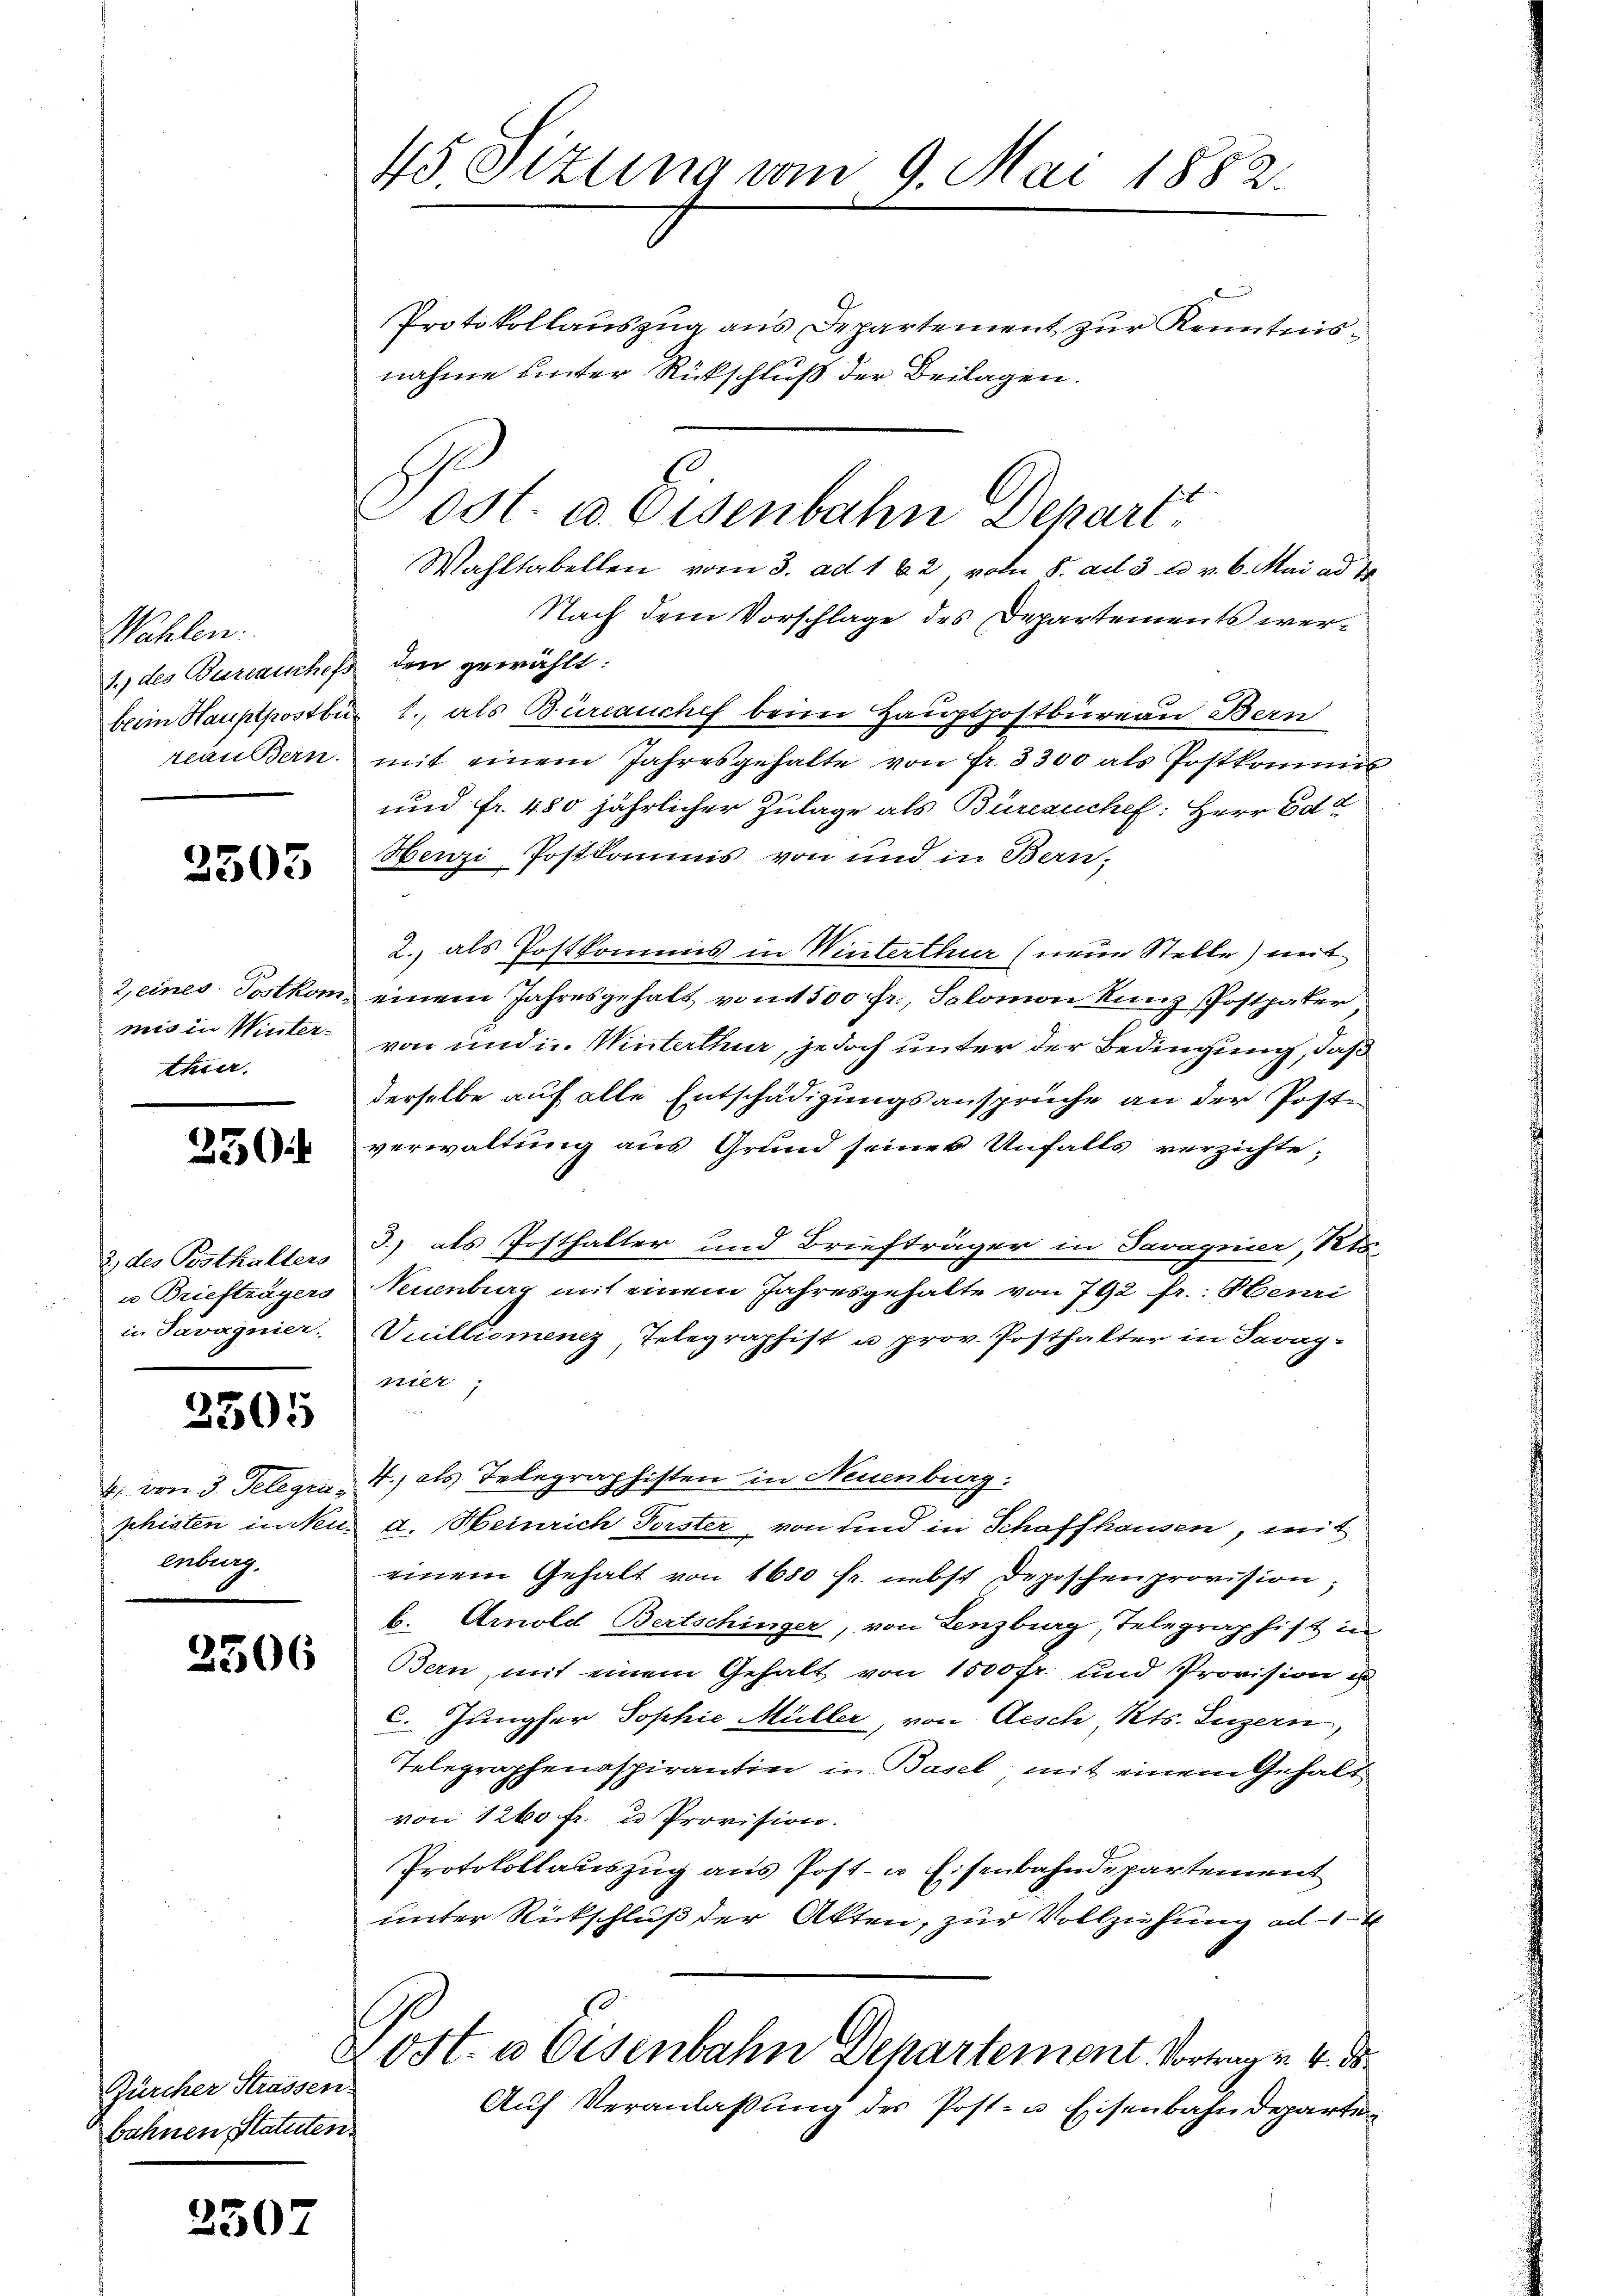
Kaulber.
beim Hauptpostbü
reau Bern.

2503

2, eines Postkommis in Winterthier.

250

2., des Posthalters
u Briefträgers
in Tavagnier.

2505

4. von 3. Telegen.
phisten in Nei
enberg.

2506

Zürcher Strassen.
bahnen Statuten

2507

45 Ottung vom 9. Mai 1882.
Protokollauszug aus Departement zur Kenntnisnahme unter Rückschluß der Beilagen.

1.) des Bureauschefs den gewählt:

Wahltabellen vom 3. ad 162, vom 8. ad 3 u. v. 6. Mai ad 1
Nach dem Vorschlage des Departements wer¬
1., als Bureauchef beim Hauptpostbureau Bern
mit einem Jahresgehalte von fr. 3300 als Postkommis
und fr. 480 jährlicher Zulage als Büreauchef. Herr Ed
Henzi Postkommis von und in Bern-
2., als Postkommis in Winterthur (neue Stelle) mit
einem Jahresgehalt von 1500 fr., Salomon Kunz Postpater
von und in Winterthur, jedoch unter der Bedingung, daß
derselbe auf alle Entschädigungsansprüche an der Poste
verwaltung aus Grund seines Unfalls verzichte;
3.) als Posthalter und Briefträger in Savagnier, Kts.
Neuenburg mit einem Jahresgehalte von 792 fr.: Henri
Vuilliomenez Telegraphist u prov. Posthalter in Parag-
nier,
e
4., als Telegraphisten in Neuenburg.
d. Heinrich Vorster, von und in Schaffhausen, mit
einem Gehalt von 1680 fr. nebst Depeschenprovision
b. Arnold Bertschinger, von Lenzburg, Telegraphist u.
Bern, mit einem Gehalt von 1500 fr. und Provision is
C. Jungfer Sophie Müller, von Aesch Kts. Luzern,
Telegraphenaspirantin in Basel, mit einem Gehalt
von 1200 fr. u Provision.
Protokollauszug aus Post- u Eisenbahndepartement
unter Rückschluß der Akten, zur Vollziehung ad 1. 4
zost. u. Eisenbahn Departement. Vortrag v. 4. ds.
Aŭf Veranlaßung des Post- u. Eisenbahndeparten

Posl. c. Eisenbahn Depart